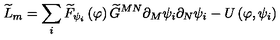
\widetilde { L } _ { m } = \sum _ { i } \widetilde { F } _ { \psi _ { i } } \left( \varphi \right) \widetilde { G } ^ { M N } \partial _ { M } \psi _ { i } \partial _ { N } \psi _ { i } - U \left( \varphi , \psi _ { i } \right)